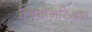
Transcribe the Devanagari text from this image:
लियोनटिअस